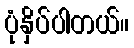
ပုံနှိပ်ပါတယ်။